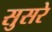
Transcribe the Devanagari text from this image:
सुसरे